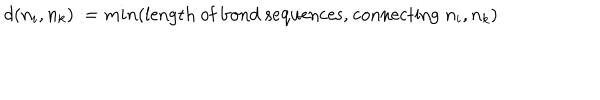
d ( n _ { i } , n _ { k } ) : = m i n ( \mathrm { l e n g t h ~ o f ~ b o n d ~ s e q u e n c e s , ~ c o n n e c t i n g } \; n _ { i } , n _ { k } )